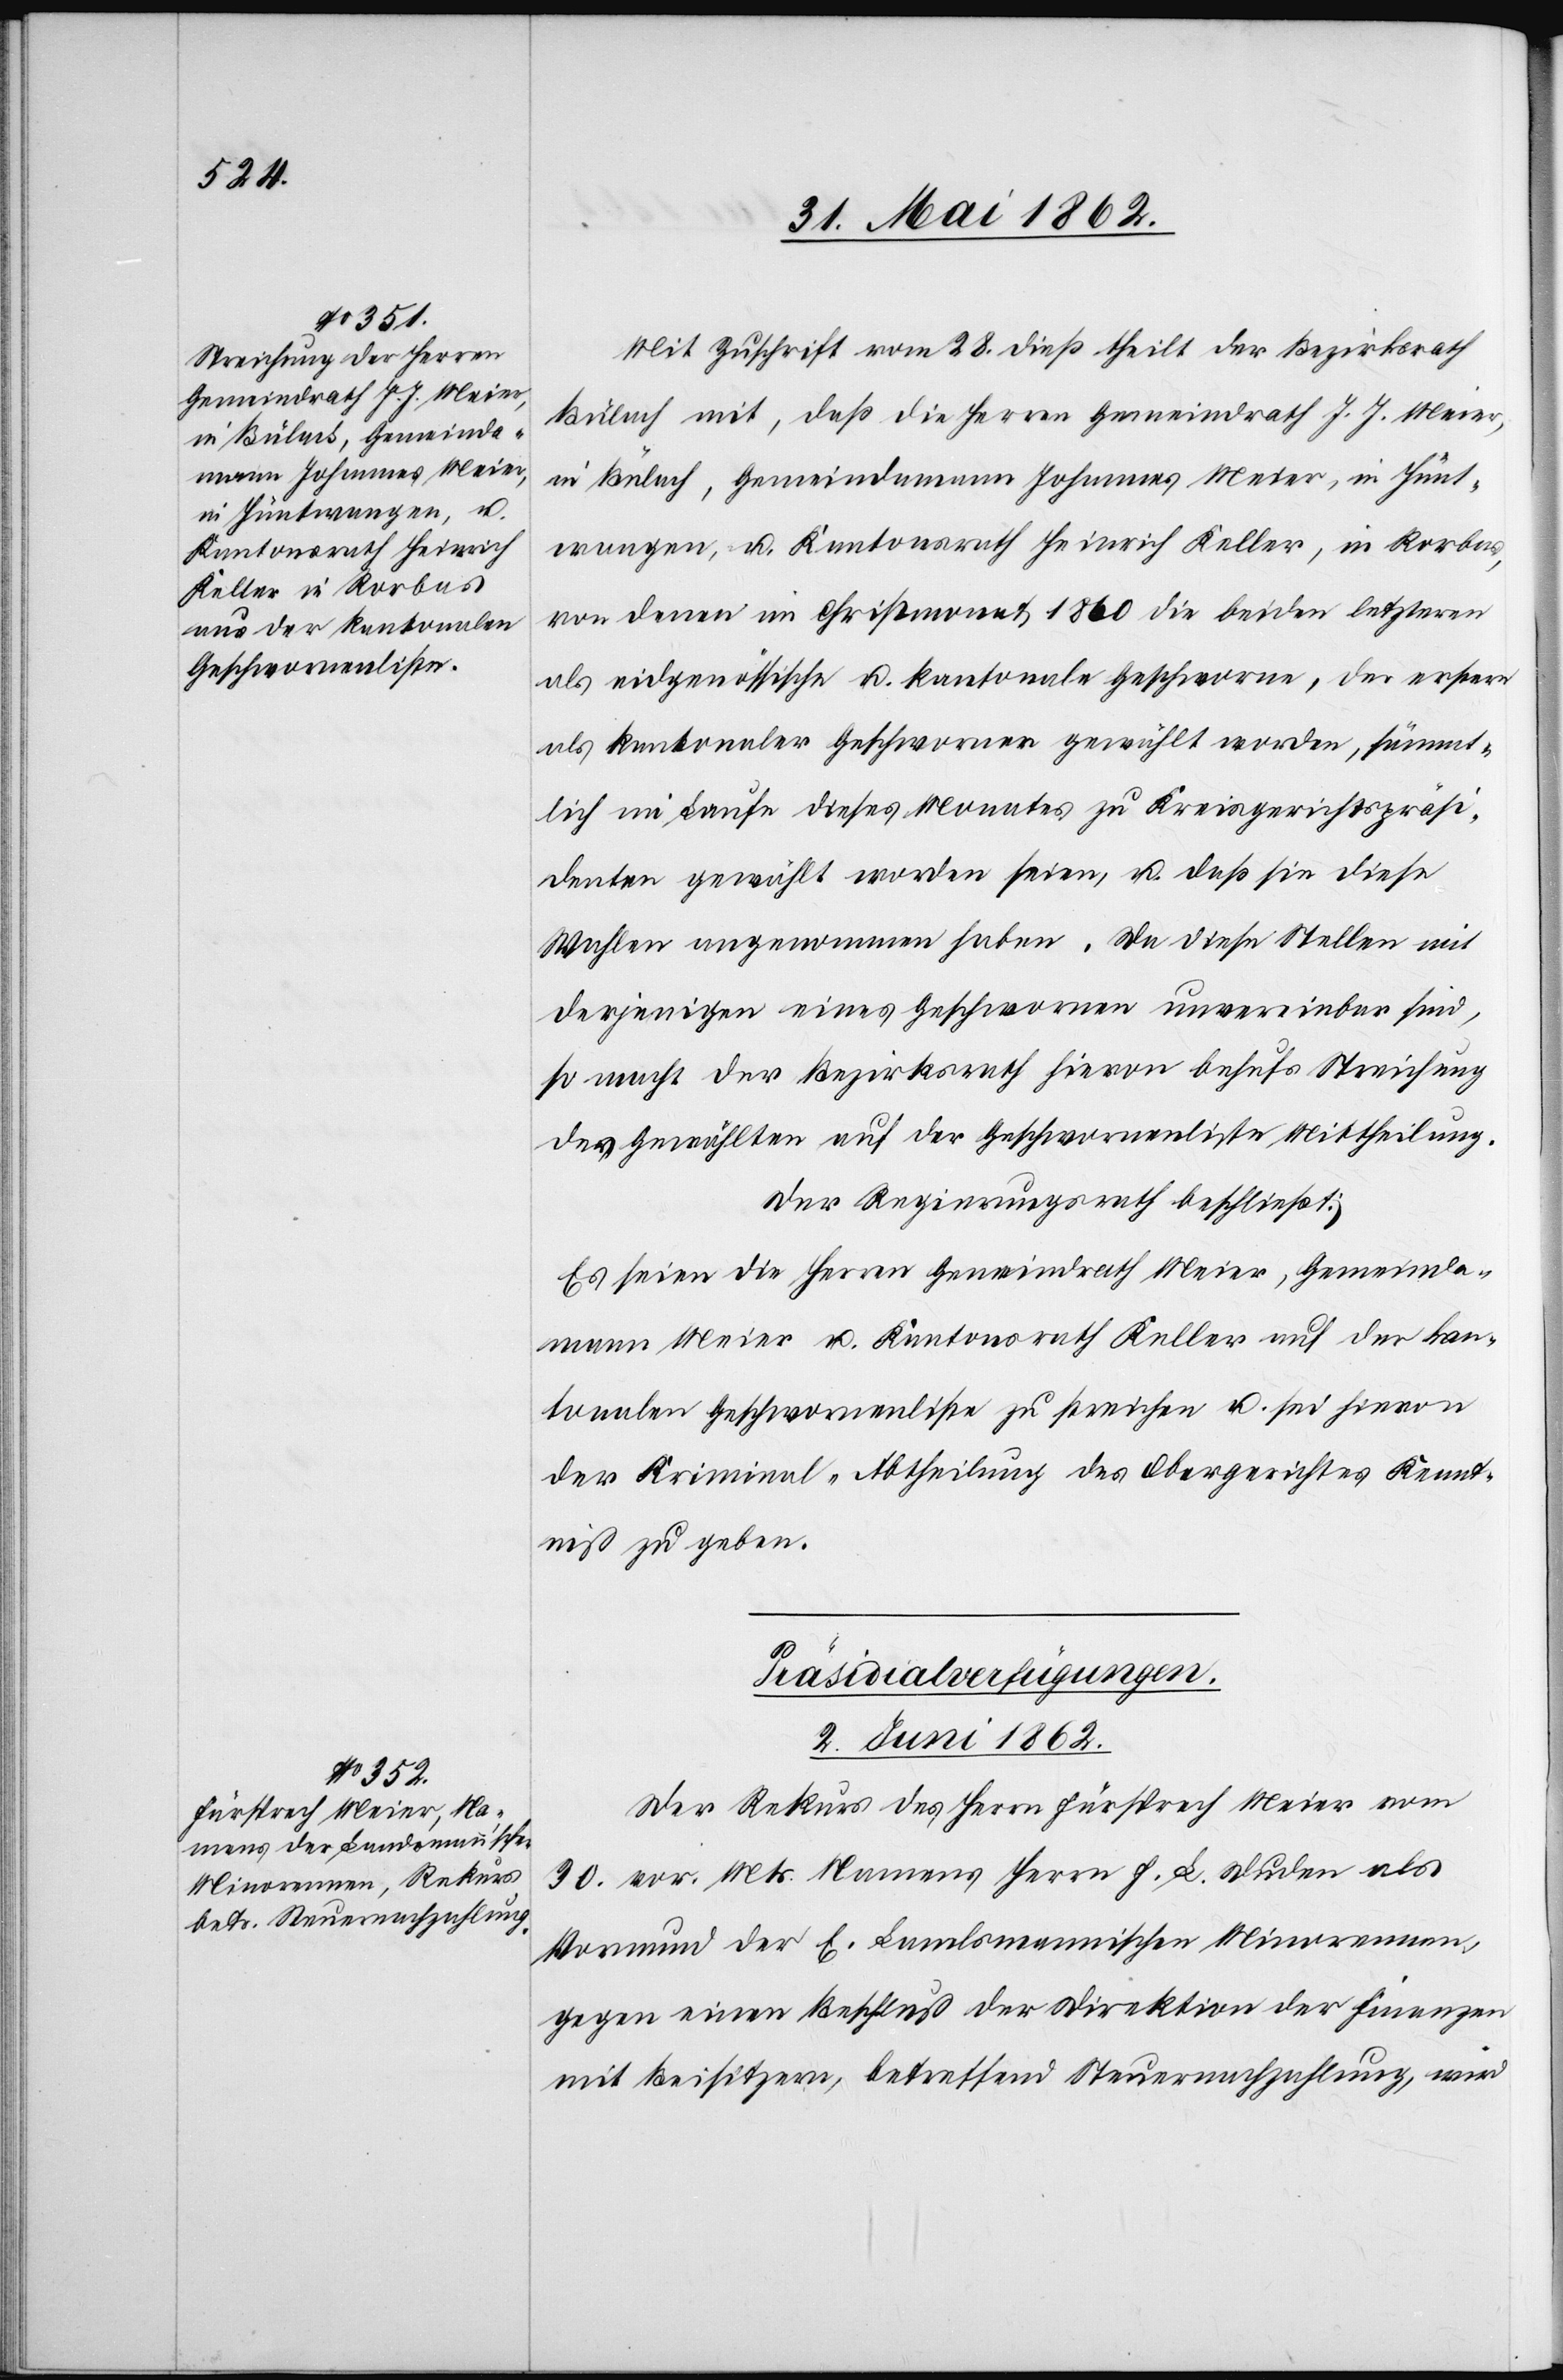
Mit Zuschrift vom 28. dieß theilt der Bezirksrath
Bülach mit, daß die Herren Gemeindrath J. J. Meier,
in Bülach, Gemeindammann Johannes Meier, in Hünt¬
wangen, u. Kantonsrath Heinrich Keller, in Rorbas,
von denen im Christmonat 1860 die beiden letzteren
als eidgenössische u. kantonale Geschworne, der erstern
als kantonaler Geschworner gewählt worden, sämmt¬
lich im Laufe dieses Monates zu Kreisgerichtspräsi¬
denten gewählt worden seien, u. daß sie diese
Wahlen angenommen haben. Da diese Stellen mit
derjenigen eines Geschwornen unvereinbar sind,
so macht der Bezirksrath hievon behufs Streichung
des Gewählten auf der Geschwornenliste Mittheilung.
Der Regierungsrath beschließt:
Es seien die Herren Gemeindrath Meier, Gemeinda¬
mmann Meier u. Kantonsrath Keller auf der kan¬
tonalen Geschwornenliste zu streichen u. sei hievon
der Kriminal-Abtheilung des Obergerichtes Kennt¬
niß zu geben.
Präsidialverfügungen.
2. Juni 1862.
Der Rekurs des Herrn Fürsprech Meier vom
30. vor. Mts. Namens Herrn J. L. Duden als
Vormund der E. Landsmannischen Minorennen,
gegen einen Beschluß der Direktion der Finanzen
mit Beisitzern, betreffend Steuernachzahlung, wird